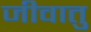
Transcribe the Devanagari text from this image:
जीवातु